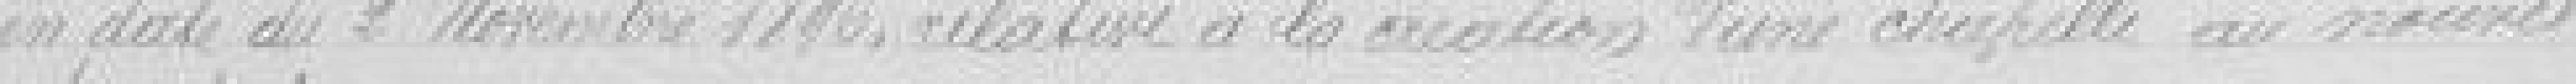
en date du 2 novembre 1896, relative à la création d'une chapelle au nouvel